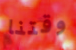
وقتنا